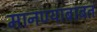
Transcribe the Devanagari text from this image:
मानण्याबाबत